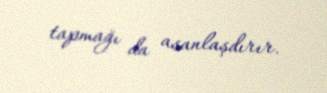
tapmağı da asanlaşdırır.